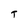
Character: T